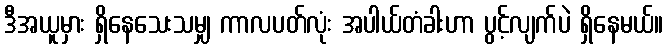
ဒီအယူမှား ရှိနေသေးသမျှ ကာလပတ်လုံး အပါယ်တံခါးဟာ ပွင့်လျက်ပဲ ရှိနေမယ်။